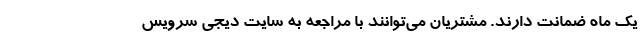
یک ماه ضمانت دارند. مشتریان می‌توانند با مراجعه به سایت دیجی سرویس